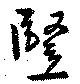
竪